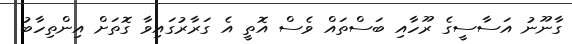
ގާނޫނު އަސާސީގެ ރޫހާއި ބަސްތައް ވެސް އޮތީ އެ ގަރާރުގައިވާ ގޮތަށް އިންތިހާބު